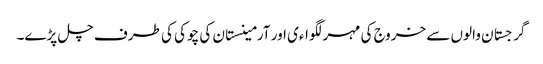
گرجستان والوں سے خروج کی مہر لگواءی اور آرمینستان کی چوکی کی طرف چل پڑے۔